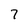
Character: 7